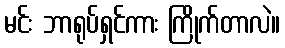
မင်း ဘာရုပ်ရှင်ကား ကြိုက်တာလဲ။